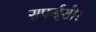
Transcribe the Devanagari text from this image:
सफईराोर